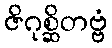
ဇိဂုစ္ဆိတဗ္ဗံ